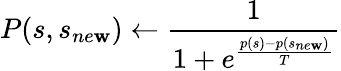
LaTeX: P(s,s_{ne\mathbf{w}})\leftarrow\frac{{1}}{{1+e^{\frac{{p(s)-p(s_{ne\mathbf{w}})}}{{T}}}}}